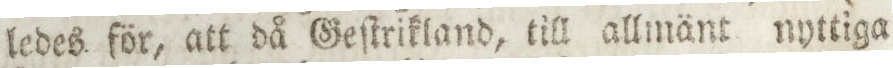
ledes för, att då Geſtrikland, till allmänt nyttiga